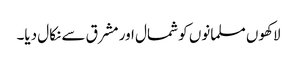
لاکھوں مسلمانوں کو شمال اور مشرق سے نکال دیا۔